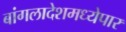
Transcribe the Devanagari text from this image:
बांगलादेशमध्येपार